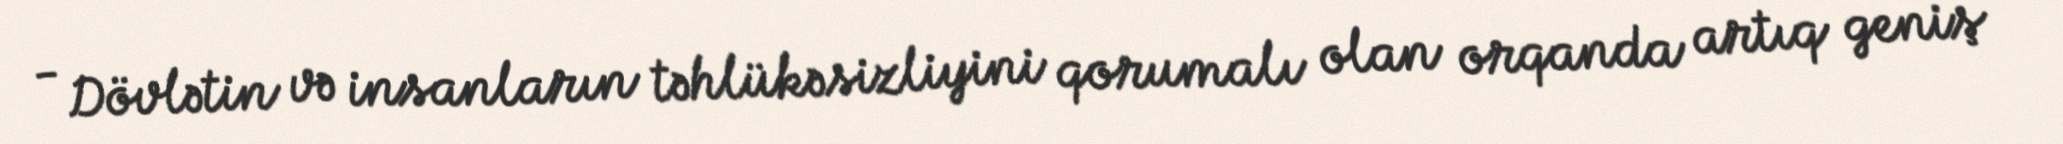
- Dövlətin və insanların təhlükəsizliyini qorumalı olan orqanda artıq geniş